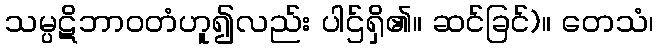
သမ္ပဋိဘာဝတံဟူ၍လည်း ပါဌ်ရှိ၏။ ဆင်ခြင်)။ တေသံ၊